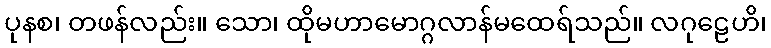
ပုနစ၊ တဖန်လည်း။ သော၊ ထိုမဟာမောဂ္ဂလာန်မထေရ်သည်။ လဂုဠေဟိ၊